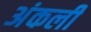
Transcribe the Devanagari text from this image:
अंकली